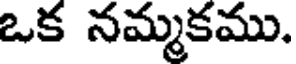
ఒక నమ్మకము.